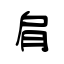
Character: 肩